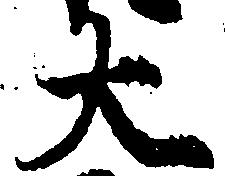
大